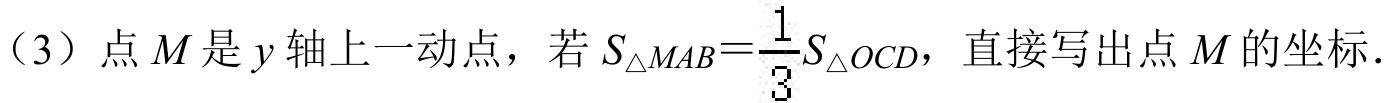
（3）点\(M\)是\(y\)轴上一动点，若\(S_{\triangle MAB}=\frac{1}{3}S_{\triangle OCD}\)，直接写出点\(M\)的坐标.